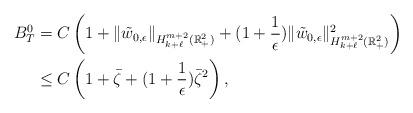
LaTeX: \begin{align*}B^{0}_T&=C\left(1+\|\tilde w_{0, \epsilon}\|_{ H^{m+2}_{k+\ell}(\mathbb{R}^2_+)}+(1+\frac{1}{\epsilon} ) \|\tilde w_{0, \epsilon}\|^2_{ H^{m+2}_{k+\ell}(\mathbb{R}^2_+)} \right)\\&\le C\left(1+\bar \zeta+(1+\frac{1}{\epsilon} ) \bar \zeta^2 \right) ,\end{align*}